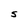
Character: S